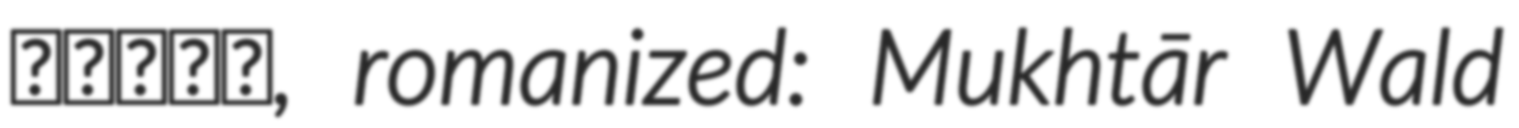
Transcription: داداه, romanized: Mukhtār Wald